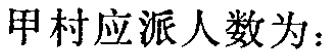
甲村应派人数为：